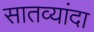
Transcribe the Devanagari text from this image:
सातव्यांदा